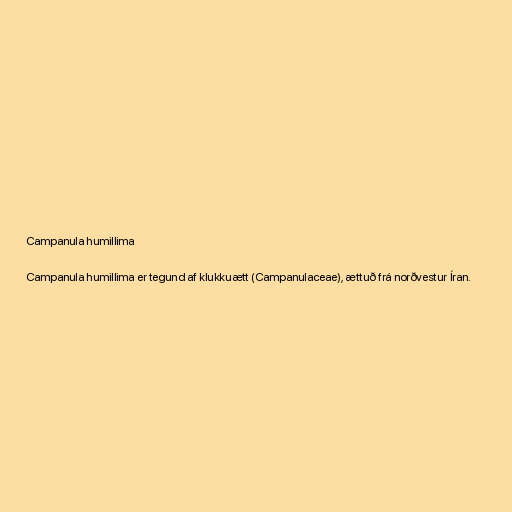
Campanula humillima

Campanula humillima er tegund af klukkuætt (Campanulaceae), ættuð frá norðvestur Íran.